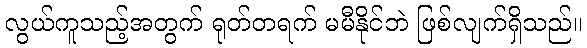
လွယ်ကူသည့်အတွက် ရုတ်တရက် မမီနိုင်ဘဲ ဖြစ်လျက်ရှိသည်။